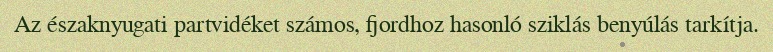
Az északnyugati partvidéket számos, fjordhoz hasonló sziklás benyúlás tarkítja.